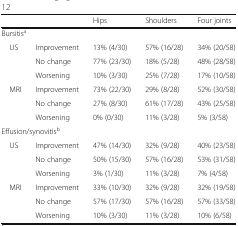
|  |  | Hips | Shoulders | Four joints |
 | --- | --- | --- | --- | --- |
 | <COLSPAN=5> Bursitisa |
 | <ROWSPAN=3> US | Improvement | 13% (4/30) | 57% (16/28) | 34% (20/58) |
 | No change | 77% (23/30) | 18% (5/28) | 48% (28/58) |
 | Worsening | 10% (3/30) | 25% (7/28) | 17% (10/58) |
 | <ROWSPAN=3> MRI | Improvement | 73% (22/30) | 29% (8/28) | 52% (30/58) |
 | No change | 27% (8/30) | 61% (17/28) | 43% (25/58) |
 | Worsening | 0% (0/30) | 11% (3/28) | 5% (3/58) |
 | <COLSPAN=5> Effusion/synovitisb |
 | <ROWSPAN=3> US | Improvement | 47% (14/30) | 32% (9/28) | 40% (23/58) |
 | No change | 50% (15/30) | 57% (16/28) | 53% (31/58) |
 | Worsening | 3% (1/30) | 11% (3/28) | 7% (4/58) |
 | <ROWSPAN=3> MRI | Improvement | 33% (10/30) | 32% (9/28) | 32% (19/58) |
 | No change | 57% (17/30) | 57% (16/28) | 57% (33/58) |
 | Worsening | 10% (3/30) | 11% (3/28) | 10% (6/58) |